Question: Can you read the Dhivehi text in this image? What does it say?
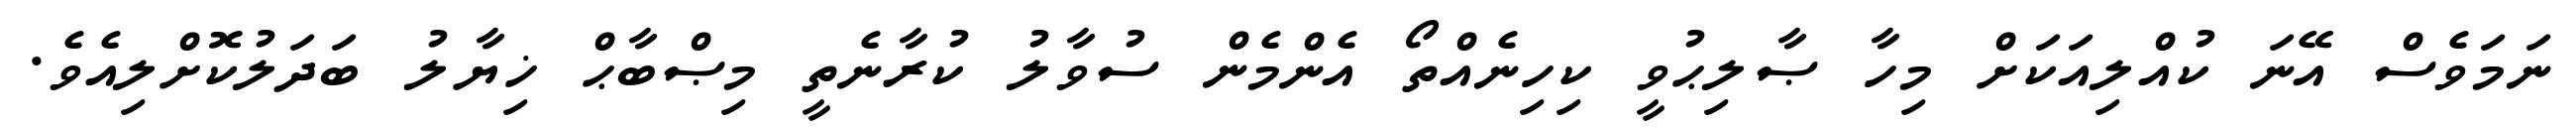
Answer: ނަމަވެސް އޭނަ ކުއްލިއަކަށް މިހާ ޞާލިޙުވީ ކިހިނެއްތޯ އެންމެން ސުވާލު ކުރާނެތީ މިޞްބާޙް ޚިޔާލު ބަދަލުކޮށްލިއެވެ.